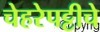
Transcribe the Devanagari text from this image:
चेहरेपट्टीचे